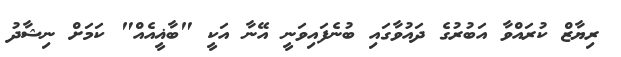
ރިޔާޒް ކުރައްވާ އަބުރުގެ ދައުވާގައި ބުނެފައިވަނީ އޭނާ އަކީ "ބާޣީއެއް" ކަމަށް ނިޝާދު